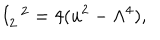
I _ { 2 } ^ { \; \; 2 } = 4 ( u ^ { 2 } - \Lambda ^ { 4 } ) ,